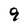
Character: 9